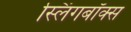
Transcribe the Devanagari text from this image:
स्लिंगबॉक्स